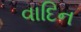
વાદિન